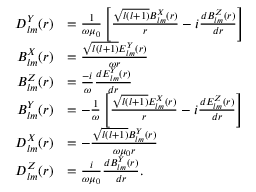
\begin{array} { r l } { D _ { l m } ^ { Y } ( r ) } & { = \frac { 1 } { \omega \mu _ { 0 } } \left[ \frac { \sqrt { l ( l + 1 ) } B _ { l m } ^ { X } ( r ) } { r } - i \frac { d B _ { l m } ^ { Z } ( r ) } { d r } \right] } \\ { B _ { l m } ^ { X } ( r ) } & { = \frac { \sqrt { l ( l + 1 ) } E _ { l m } ^ { Y } ( r ) } { \omega r } } \\ { B _ { l m } ^ { Z } ( r ) } & { = \frac { - i } { \omega } \frac { d E _ { l m } ^ { Y } ( r ) } { d r } } \\ { B _ { l m } ^ { Y } ( r ) } & { = - \frac { 1 } { \omega } \left[ \frac { \sqrt { l ( l + 1 ) } E _ { l m } ^ { X } ( r ) } { r } - i \frac { d E _ { l m } ^ { Z } ( r ) } { d r } \right] } \\ { D _ { l m } ^ { X } ( r ) } & { = - \frac { \sqrt { l ( l + 1 ) } B _ { l m } ^ { Y } ( r ) } { \omega \mu _ { 0 } r } } \\ { D _ { l m } ^ { Z } ( r ) } & { = \frac { i } { \omega \mu _ { 0 } } \frac { d B _ { l m } ^ { Y } ( r ) } { d r } . } \end{array}